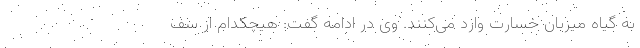
به گیاه میزبان خسارت وارد می‌کنند. وی در ادامه گفت: هیچکدام از سف